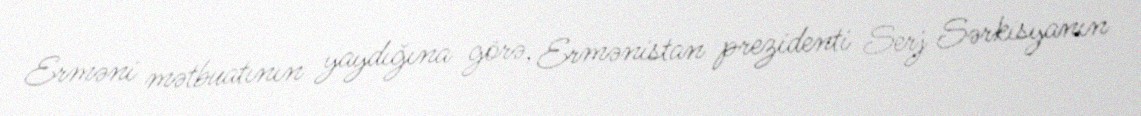
Erməni mətbuatının yaydığına görə, Ermənistan prezidenti Serj Sərkisyanın